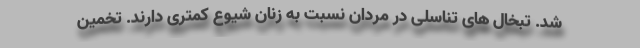
شد. تبخال های تناسلی در مردان نسبت به زنان شیوع کمتری دارند. تخمین